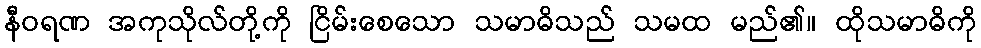
နီဝရဏ အကုသိုလ်တို့ကို ငြိမ်းစေသော သမာဓိသည် သမထ မည်၏။ ထိုသမာဓိကို